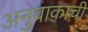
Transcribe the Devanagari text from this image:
अनुवाकाची